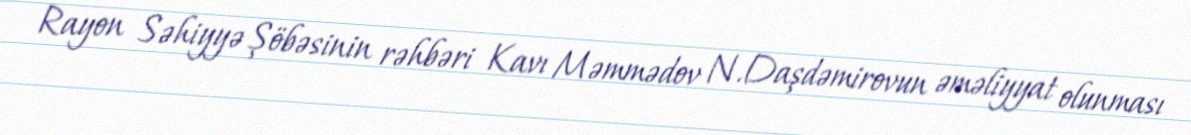
Rayon Səhiyyə Şöbəsinin rəhbəri Kavı Məmmədov N.Daşdəmirovun əməliyyat olunması